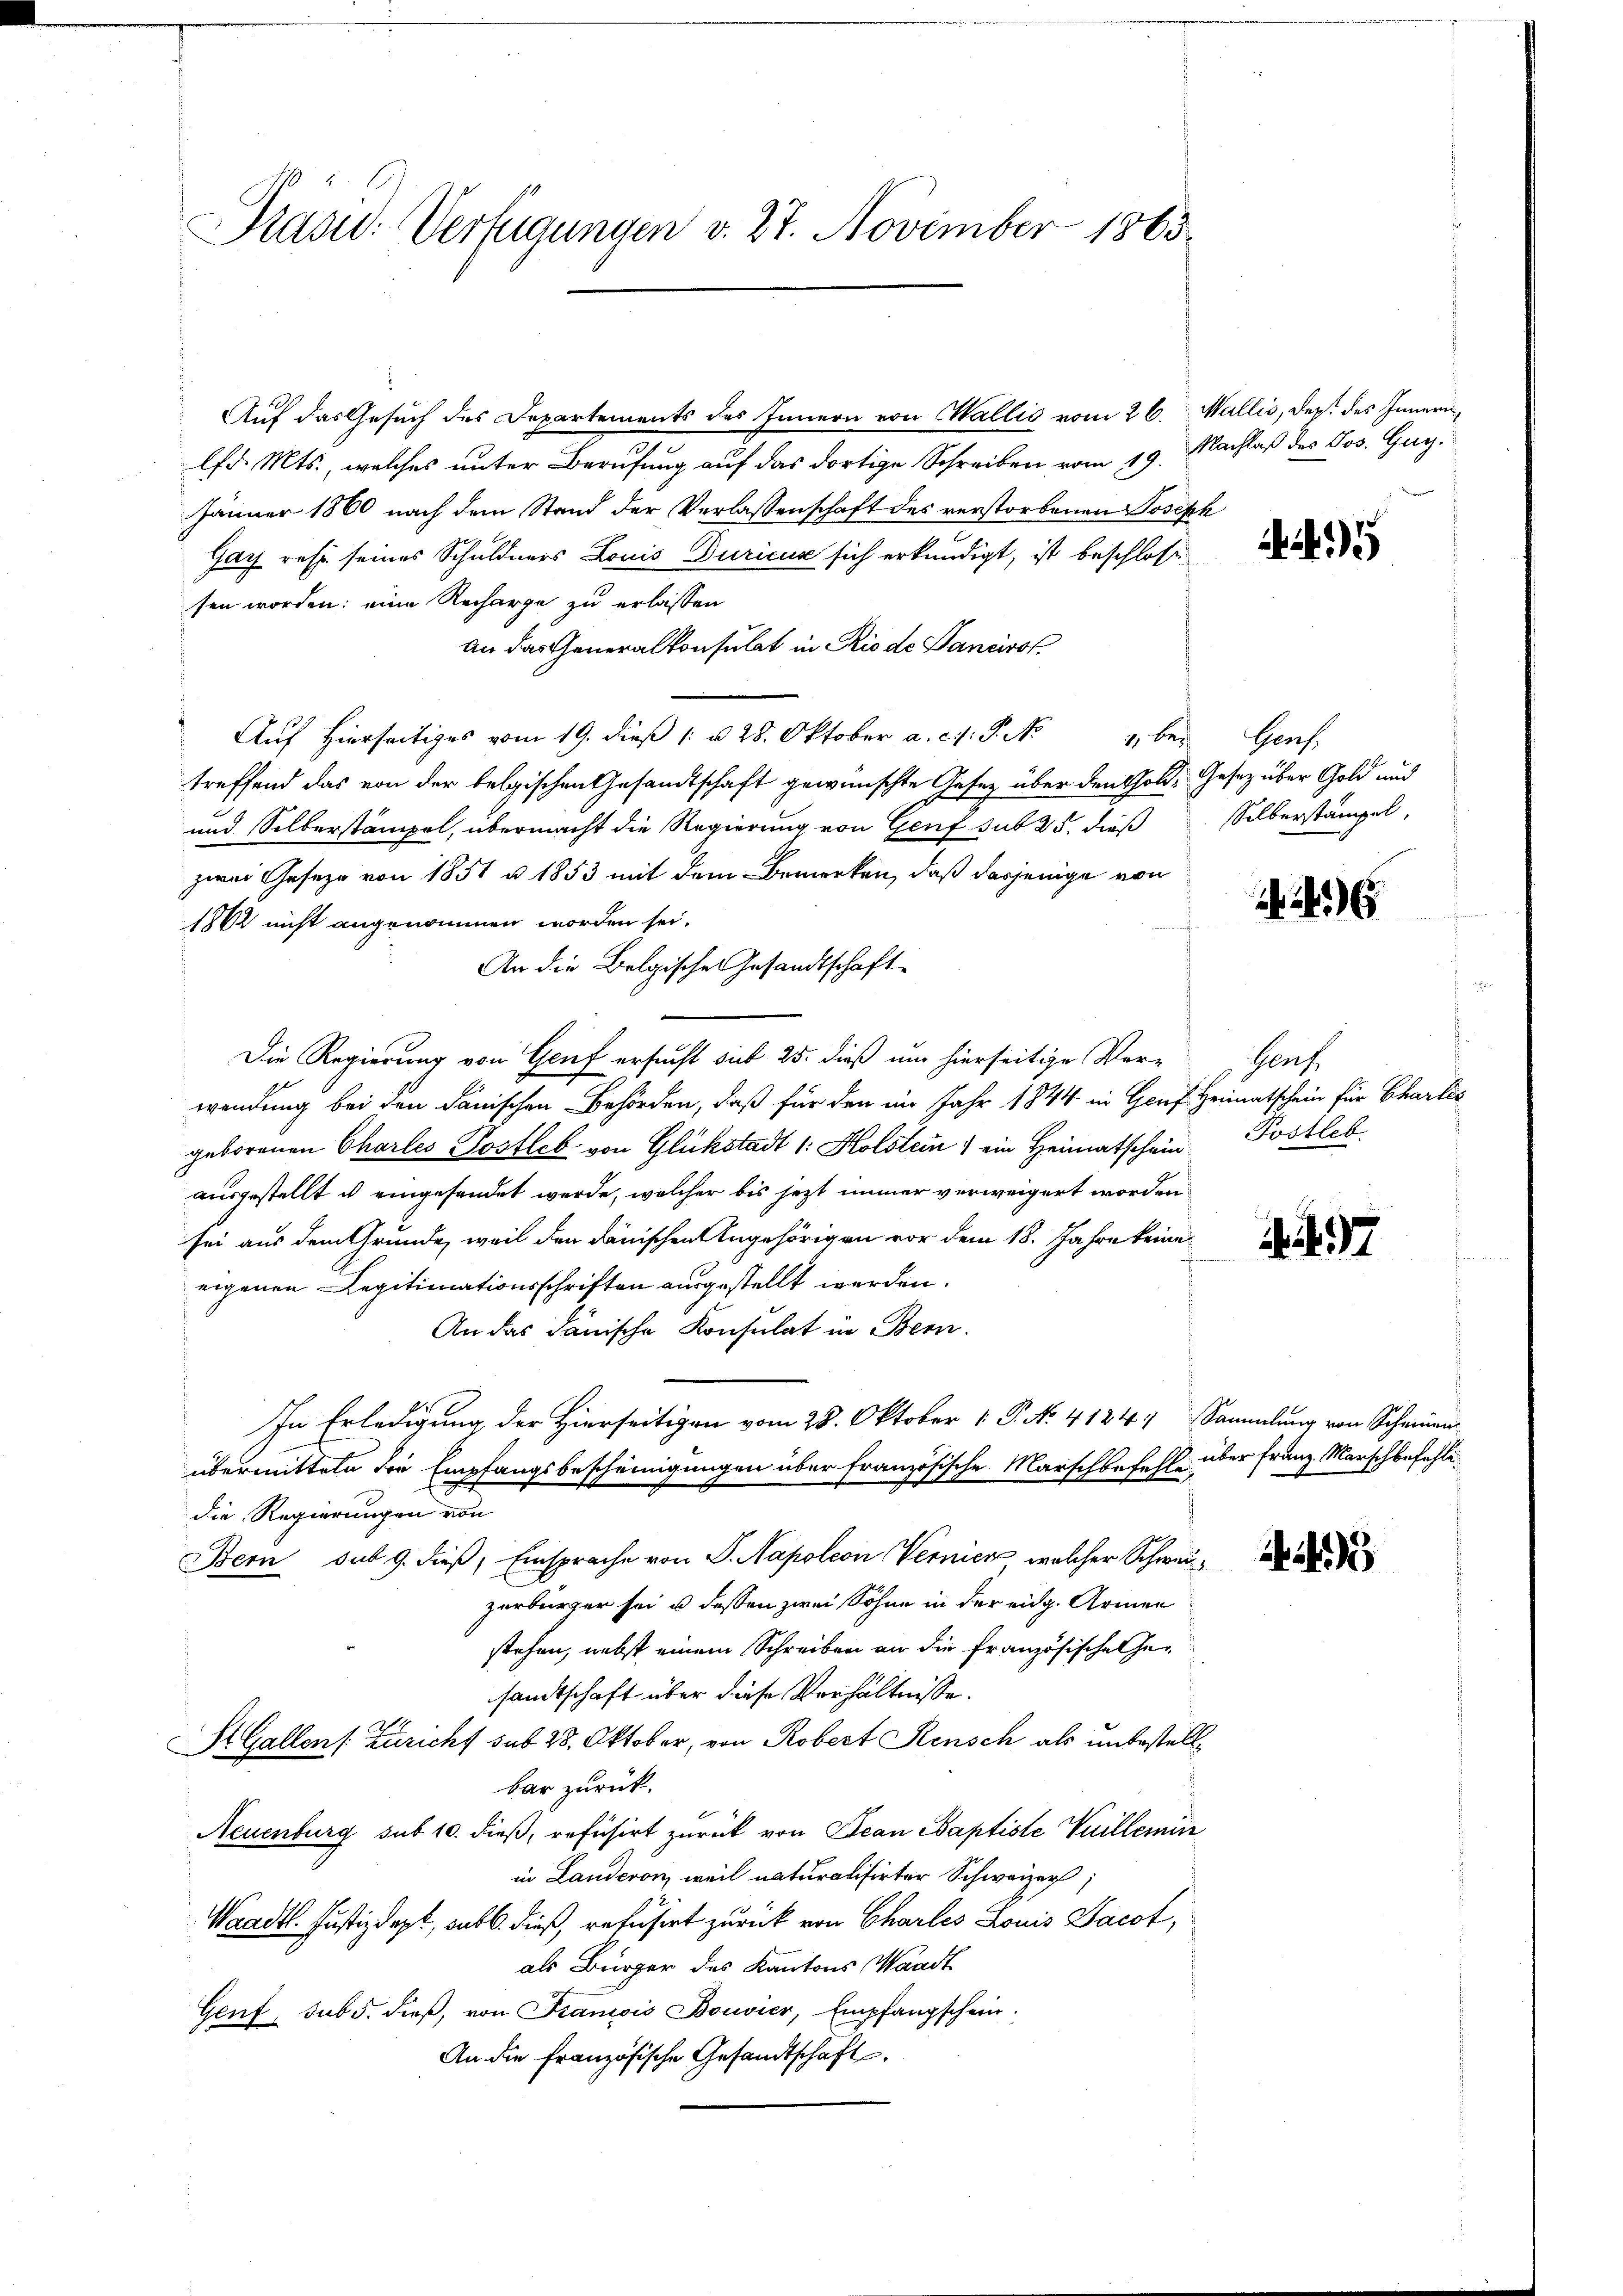
Pasu: Verfügungen v. 27. November 1863.

Auf das Gesuch des Departements des Innern von Wallis vom 26. Wallis, Dep. des Innern,
lfd. Mts., welches unter Berufung auf das dortige Schreiben vom 19.
Jänner 1860 nach dem Stand der Verlassenschaft des verstorbenen Joseph
Gay reht seines Schuldners Louis Duricus sich erkundigt, ist beschlosse
sen worden: eine Recharge zu erlassen
an das Generalkonsulat in Rio de Sanciro
Auf hierseitiges vom 19. dieß 1 u 28. Oktober a. c. S. Nr. 4 bei
treffend das von der belgischen Gesandtschaft gewünschte Gesetz über den Gold, Gesetz über Gold und
und Silberstämpel, übermacht die Regierung von Genf sub 25. dieß
zwei Geseze von 1851 u 1853 mit dem Bemerken, daß dasjenige von
1862 nicht angenommen worden sei.
An die Belgische Gesandtschaft
Die Regierung von Genf ersucht sub 25. dieß um hierseitige Vor-
wendung bei den danischen Behörden, daß für den im Jahr 1844 in Genf Heimatschein für Chartes
geborenen Charles Postleb von Glükstadt 1: Holstein) ein Heimatschein Postleb
ausgestellt ist eingesendet werde, welcher bis jezt immer verweigert worden
sei aus dem Grunde, weil den dänischen Angehörigen vor dem 18. Jahre keine
eigenen Legitimationsschriften ausgestellt werden.
An das danische Konsulat in Bern.
In Erledigung der Hierseitigen vom 28. Oktober 1 P. No. 4124. Sammlung von Scheinan
übermitteln die Empfangsbescheinigungen über französische Marschbefehle über Franz Marsch befehledie Regierungen von
Bern sub 9. dieß, Einsprache von P. Napoleon Vernick, welcher Schweizerbürger sei u. dessen zwei Söhne in der eidg. Armen
stehen, nebst einem Schreiben an die französische Gesandtschaft über diese Verhältnisse.
St. Gallen (Züricht sub 28. Oktober, von Robert Rensch als unbestellbar zurück.
.
Neuenburg sub 10. dieß, refusirt zurück von Bean Baptiste Guillemin
in Landeren, weil naturalisirter Schweizer
Waadt. Justizdept, sub 6. dieß, refusert zurück von Charles Louis Jacot,
als Bürger des Kantons Waadt
Genf, sub 5. dieß, von Francois Bouvier, Empfangschein
An die französische Gesandtschaft.

Nachlaß des Jos. Gug.

5

Haas
Silberstampel,

Graf

197

4i)